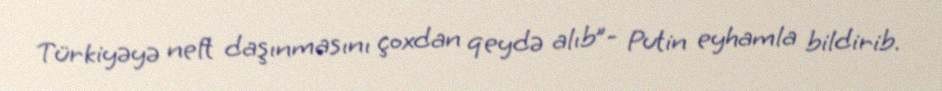
Türkiyəyə neft daşınmasını çoxdan qeydə alıb”- Putin eyhamla bildirib.